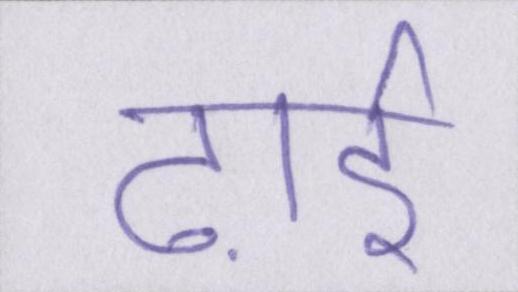
ढ़ाई